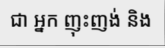
ជា អ្នក ញុះញង់ និង